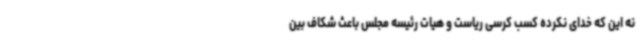
نه این که خدای نکرده کسب کرسی ریاست و هیات رئیسه مجلس باعث شکاف بین